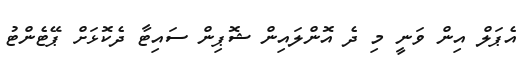
އެޕަލް އިން ވަނީ މި ދެ އޮންލައިން ޝޮޕިން ސައިޓާ ދެކޮޅަށް ޕޭޓެންޓު